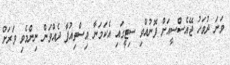
ވަނަ ދުވަހު ޖޭއެސްސީއަށް ފޮނުއްވި ސިޓީގައި އެކަމަނާ އިސްތިއުފާ ދެއްވަން ނިންމެވި ވަރަށް